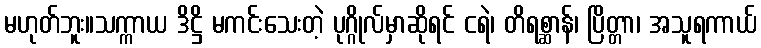
မဟုတ်ဘူး။သက္ကာယ ဒိဋ္ဌိ မကင်းသေးတဲ့ ပုဂ္ဂိုလ်မှာဆိုရင် ငရဲ၊ တိရစ္ဆာန်၊ ပြိတ္တာ၊ အသူရကာယ်